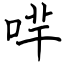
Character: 哶